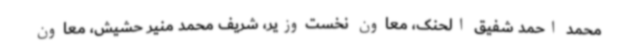
محمد احمد شفیق الحنک، معاون نخست‌وزیر، شریف محمد منیر حشیش، معاون